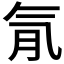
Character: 𣱙